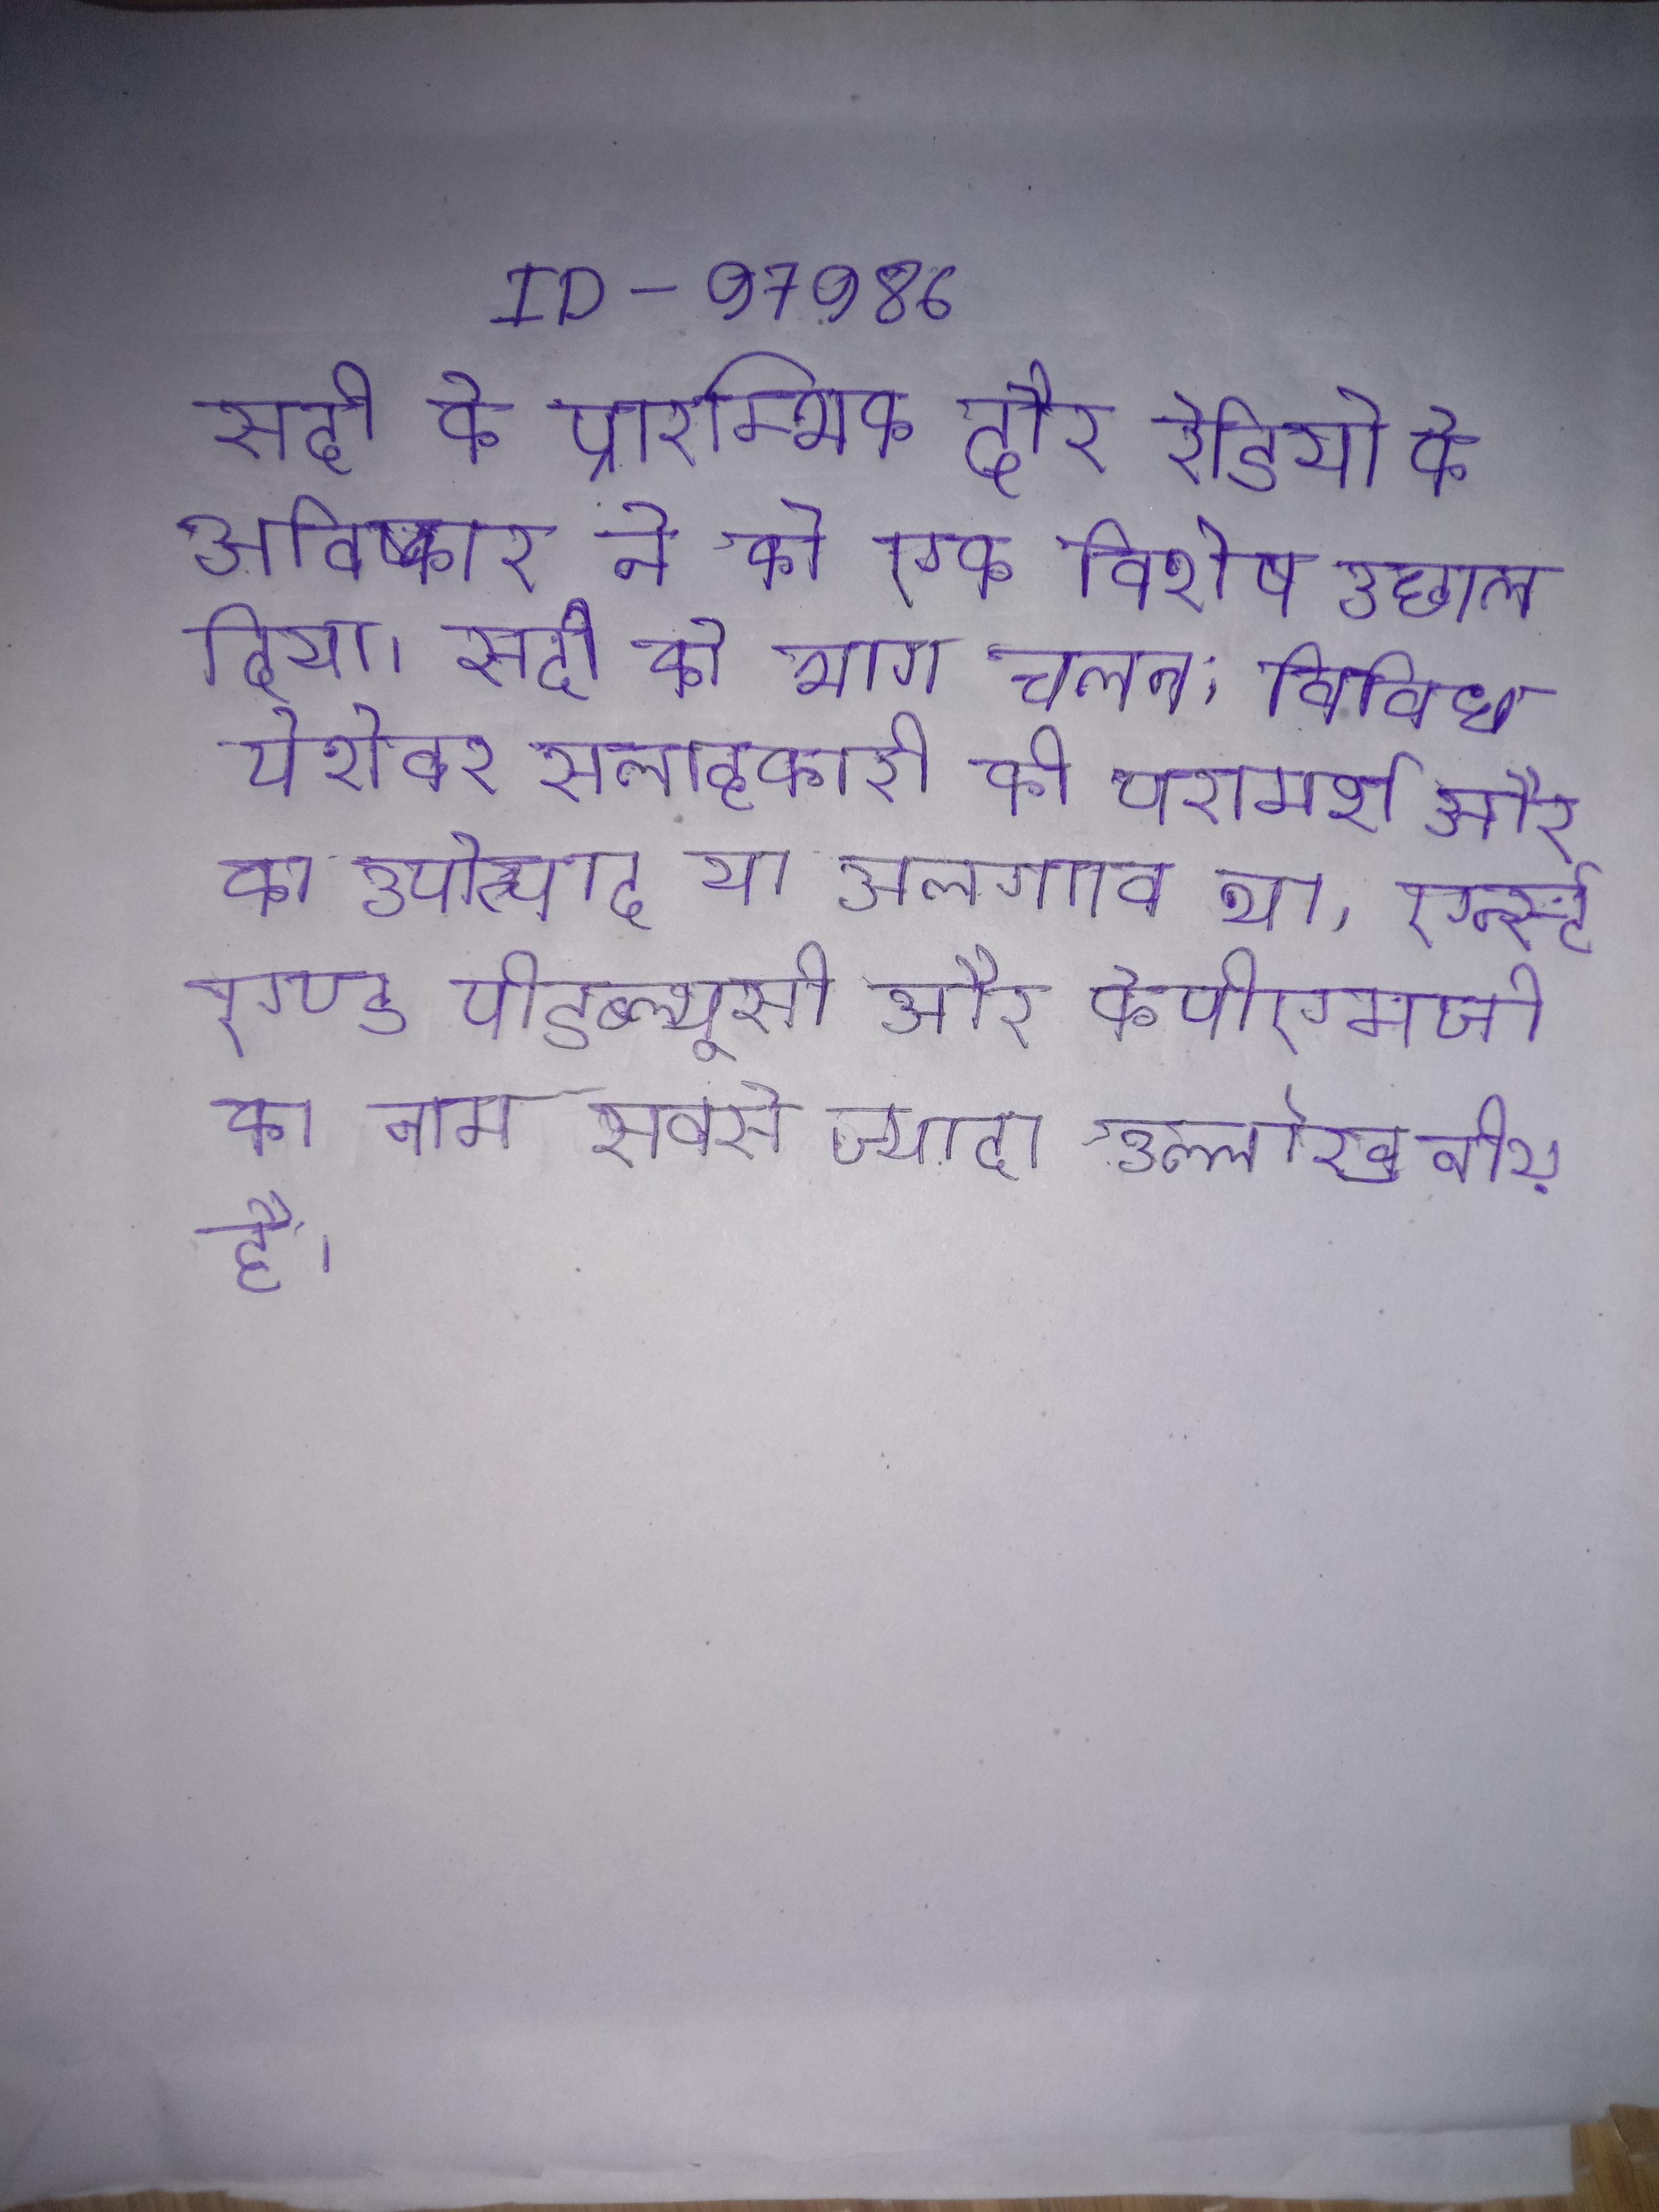
सदी के प्रारम्भिक दौर रेडियो के अविष्कार ने को एक विशेष उछाल दिया । सदी के भाग आया हुआ एक उद्योग चलन, विविध पेशेवर सलाहकारी की परामर्श और का उपोत्पाद या अलगाव था, एर्न्स्ट एण्ड पीडब्ल्यूसी और केपीएमजी का नाम सबसे ज्यादा उल्लेखनीय है ।